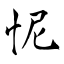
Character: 怩